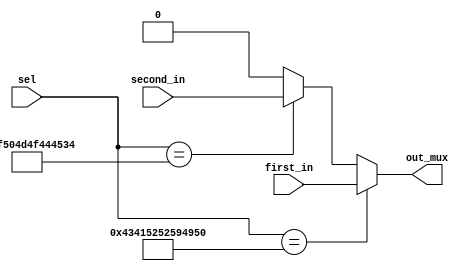
module muxcarry (first_in,second_in,sel,out_mux);
input first_in,second_in;
input [55:0] sel;
output out_mux ;
assign out_mux = (sel=="CARRYIN") ? first_in : (sel=="OPMODE5") ? second_in : 0;
endmodule